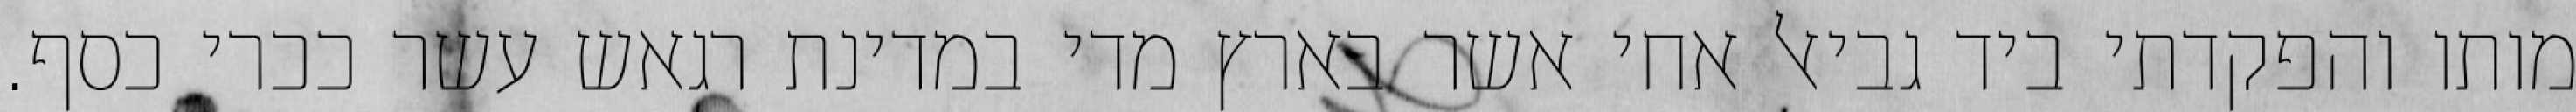
מותו והפקדתי ביד גביאל אחי אשר בארץ מדי במדינת רגאש עשר ככרי כסף.